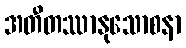
အတီတဿာနုသောစနာ